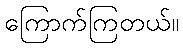
ကြောက်ကြတယ်။